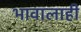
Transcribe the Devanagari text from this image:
भावालाही